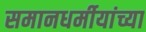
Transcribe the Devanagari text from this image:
समानधर्मीयांच्या